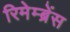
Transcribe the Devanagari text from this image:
रिमेम्ब्रेंस